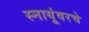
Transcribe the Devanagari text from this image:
स्नायूंवरचे